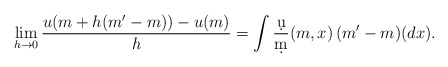
\begin{align*}\lim_{h\to 0}\frac{u(m+h (m'-m))-u(m)}{h}=\int \frac{\d u}{\d m}(m,x) \, (m'-m)(dx).\end{align*}